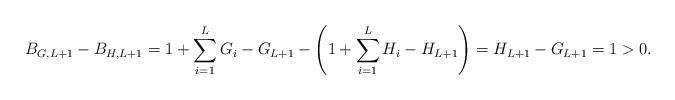
LaTeX: \begin{align*}B_{G,L+1}-B_{H,L+1}= 1+\sum_{i=1}^{L}G_{i} - G_{L+1} - \left(1+\sum_{i=1}^{L}H_{i} - H_{L+1} \right) =H_{L+1}-G_{L+1}=1>0.\end{align*}